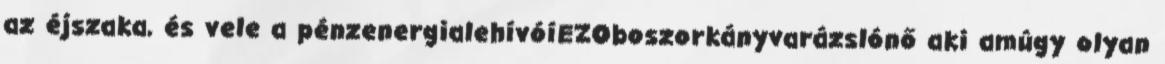
az éjszaka, és vele a pénzenergialehívóíEZOboszorkányvarázslónő aki amúgy olyan